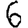
Digit: 6